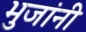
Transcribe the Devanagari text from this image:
भुजांनी